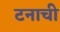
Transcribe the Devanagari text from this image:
टनाची